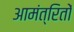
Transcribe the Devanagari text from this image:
आमंत्रितों